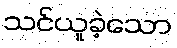
သင်ယူခဲ့သော